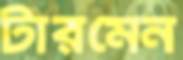
টারমেন